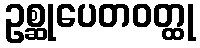
ဥစ္ဆုပေတဝတ္ထု